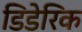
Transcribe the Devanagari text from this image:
डिडेरिक